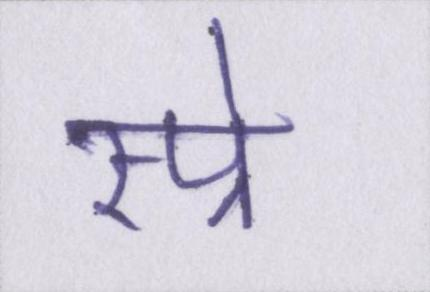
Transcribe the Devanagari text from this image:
स्प्रे